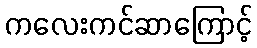
ကလေးကင်ဆာကြောင့်